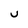
Character: U